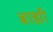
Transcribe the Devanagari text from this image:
ब्राह्यी